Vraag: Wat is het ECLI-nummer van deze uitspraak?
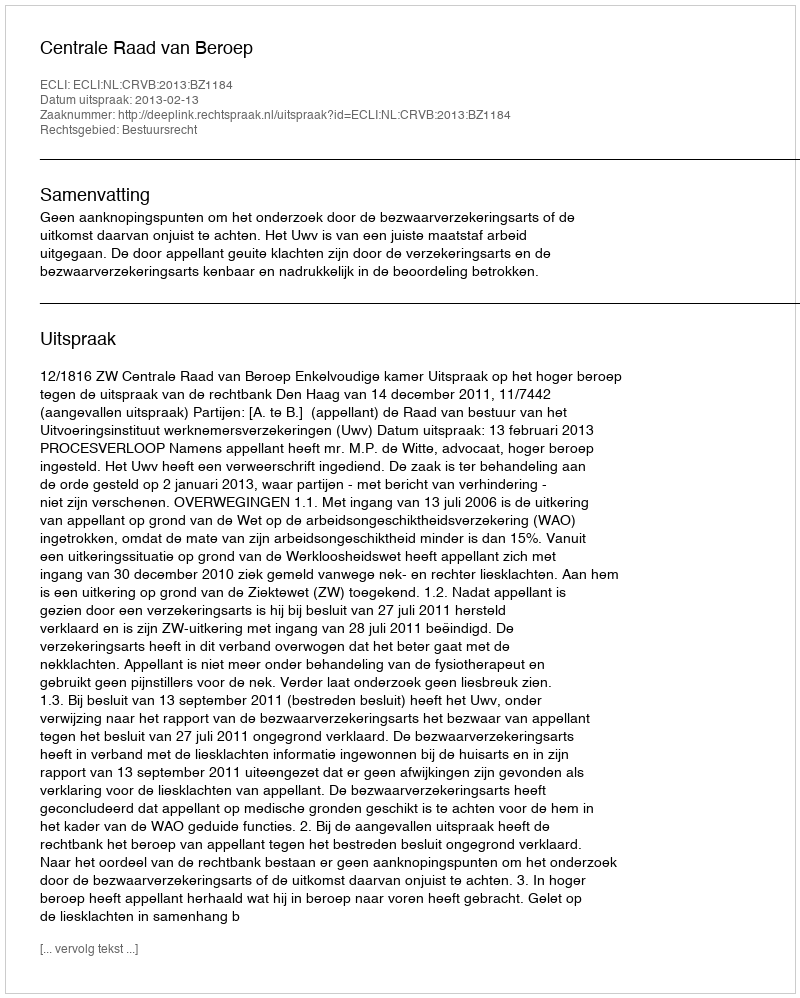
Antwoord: ECLI:NL:CRVB:2013:BZ1184